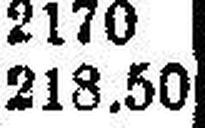
218.50